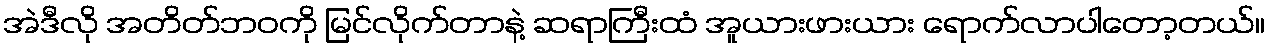
အဲဒီလို အတိတ်ဘဝကို မြင်လိုက်တာနဲ့ ဆရာကြီးထံ အူယားဖားယား ရောက်လာပါတော့တယ်။